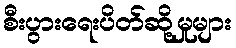
စီးပွားရေးပိတ်ဆို့မှုများ